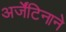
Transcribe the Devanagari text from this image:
अर्जेंटिनाने